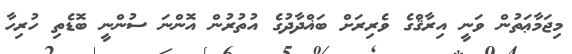
މިޖަމާޢަތުން ވަނީ އިރާޤްގެ ވެރިރަށް ބަޣްދާދުގެ އުތުރުން އޮންނަ ސުންނީ ބޮޑެތި ހުރިހާ